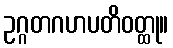
ဥဂ္ဂတဂဟပတိဝတ္ထု။